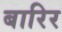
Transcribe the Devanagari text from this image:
बारिर